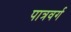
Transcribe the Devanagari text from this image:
पात्रवर्ग